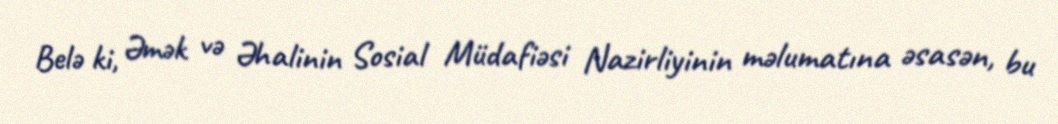
Belə ki, Əmək və Əhalinin Sosial Müdafiəsi Nazirliyinin məlumatına əsasən, bu